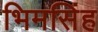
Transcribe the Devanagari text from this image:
भिमसिंह